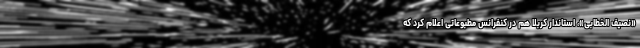
«نصیف الخطابی»، استاندار کربلا هم در کنفرانس مطبوعاتی اعلام کرد که